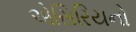
એસિરિયનો